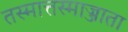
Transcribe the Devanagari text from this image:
तस्मात्तस्माज्जाता